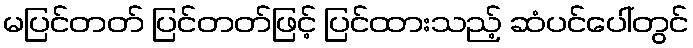
မပြင်တတ် ပြင်တတ်ဖြင့် ပြင်ထားသည့် ဆံပင်ပေါ်တွင်